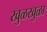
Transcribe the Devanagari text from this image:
खुळखुळा